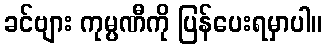
ခင်ဗျား ကုမ္ပဏီကို ပြန်ပေးရမှာပါ။